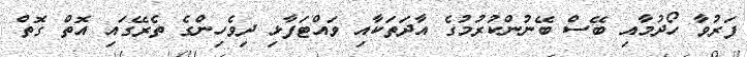
ފަރުވާ ހޯދުމާއި ބޭސް ބޭނުންކުރުމުގެ އާދަތަކާއި ވައްޓަފާޅި ދިވެހިންގެ ތެރޭގައި އޮތް ގޮތް